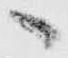
へ